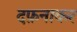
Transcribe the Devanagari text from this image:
दफ़नाकर